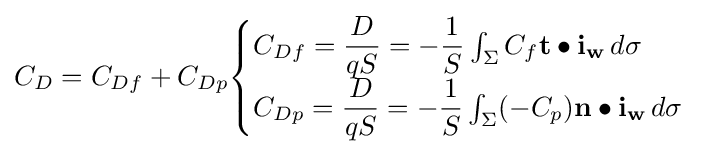
C_{D}=C_{Df}+C_{Dp}{\begin{cases}C_{Df}={\dfrac {D}{qS}}=-{\dfrac {1}{S}}\int _{\Sigma }C_{f}\mathbf {t} \bullet \mathbf {i_{w}} \,d\sigma \\C_{Dp}={\dfrac {D}{qS}}=-{\dfrac {1}{S}}\int _{\Sigma }(-C_{p})\mathbf {n} \bullet \mathbf {i_{w}} \,d\sigma \end{cases}}